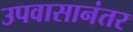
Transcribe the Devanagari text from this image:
उपवासानंतर